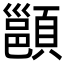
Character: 𩔪